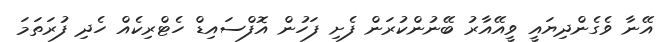
އޭނާ ވެގެންދިޔައީ ވީއޭއާރު ބޭނުންކުރަން ފެށި ފަހުން އޮފްސައިޑް ހެޓްރިކެއް ހެދި ފުރަތަމަ